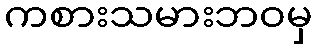
ကစားသမားဘဝမှ